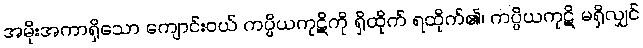
အမိုးအကာရှိသော ကျောင်းဝယ် ကပ္ပိယကုဋိကို ရှိထိုက် ရထိုက်၏၊ ကပ္ပိယကုဋိ မရှိလျှင်